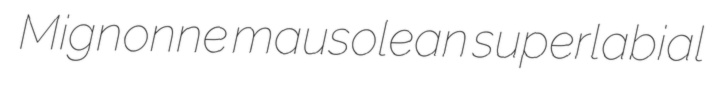
Mignonne mausolean superlabial